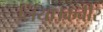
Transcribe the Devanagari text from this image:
लिया।कबीर